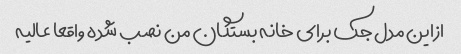
ازاین مدل جک برای خانه بستگان من نصب شده واقعا عالیه